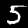
Digit: 5